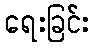
ရေးခြင်း